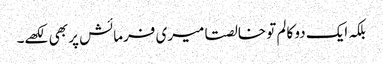
بلکہ ایک دو کالم تو خالصتا میری فرمائش پر بھی لکھے۔